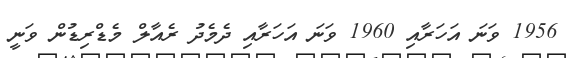
1956 ވަނަ އަހަރާއި 1960 ވަނަ އަހަރާއި ދެމެދު ރެއާލް މެޑްރިޑުން ވަނީ